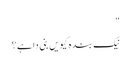
"
نیک بندہ کیویں بنی دا ہے؟